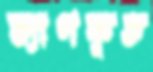
ত্যাগকৃত